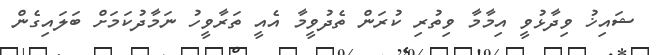
ޝައިޚު ވިދާޅުވީ އިމާމާ ވިތުރި ކުރަން ތެދުވީމާ އެއީ ތަރާވީހު ނަމާދުކަމަށް ބަލައިގެން